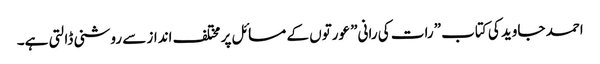
احمد جاوید کی کتاب ”رات کی رانی” عورتوں کے مسائل پر مختلف انداز سے روشنی ڈالتی ہے۔